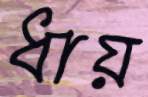
ধায়